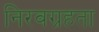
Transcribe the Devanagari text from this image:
निरवग्रहता